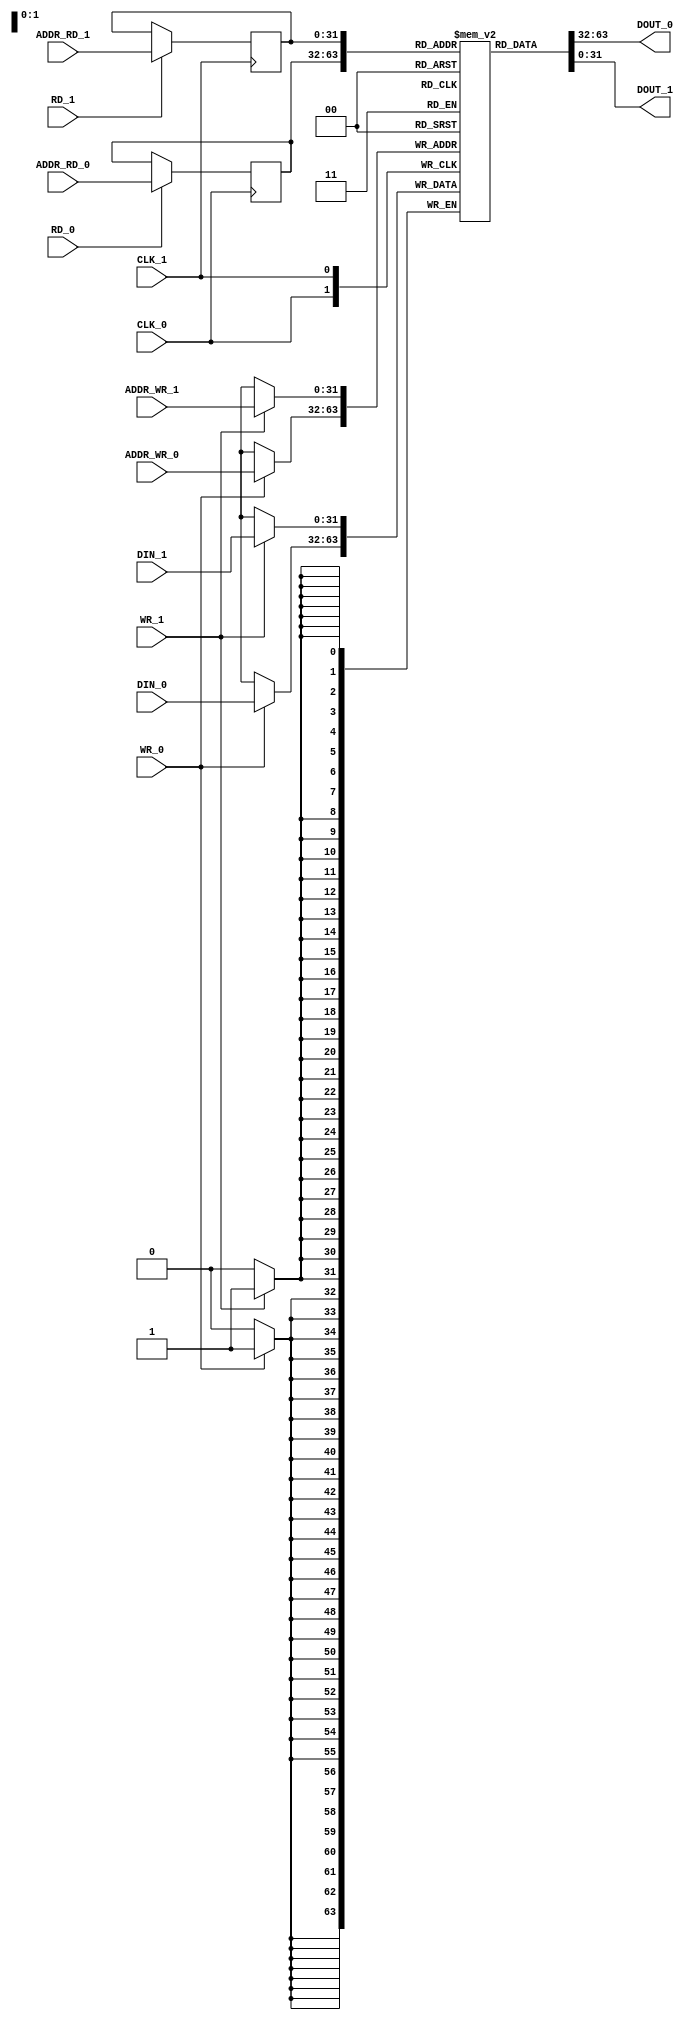
module bram_mem_true_dual
#(
   parameter   ADDR_WIDTH   =  32,
   parameter   DATA_WIDTH   =  32
)
(
   input                         CLK_0,
   input                         WR_0,
   input    [ADDR_WIDTH-1:0]     ADDR_WR_0,
   input    [DATA_WIDTH-1:0]     DIN_0,
   input                         RD_0,
   input    [ADDR_WIDTH-1:0]     ADDR_RD_0,
   output   [DATA_WIDTH-1:0]     DOUT_0,

   input                         CLK_1,
   input                         WR_1,
   input    [ADDR_WIDTH-1:0]     ADDR_WR_1,
   input    [DATA_WIDTH-1:0]     DIN_1,
   input                         RD_1,
   input    [ADDR_WIDTH-1:0]     ADDR_RD_1,
   output   [DATA_WIDTH-1:0]     DOUT_1
);

`ifdef XIL_BRAM

wire  [ADDR_WIDTH-1:0]  addra = (WR_0) ? ADDR_WR_0 : ADDR_RD_0;
wire  [ADDR_WIDTH-1:0]  addrb = (WR_1) ? ADDR_WR_1 : ADDR_RD_1;

generate
   if (ADDR_WIDTH == 4) begin
      if (DATA_WIDTH == 16) begin : true_dual16x16
         true_dual16x16 true_dual16x16 (
            .clka    (  CLK_0          ),
            .ena     (  RD_0  |  WR_0  ),
            .wea     (  WR_0           ),
            .addra   (  addra          ),
            .dina    (  DIN_0          ),
            .douta   (  DOUT_0         ),
            .clkb    (  CLK_1          ),
            .enb     (  RD_1  |  WR_1  ),
            .web     (  WR_1           ),
            .addrb   (  addrb          ),
            .dinb    (  DIN_1          ),
            .doutb   (  DOUT_1         )
         );
      end
      else if (DATA_WIDTH == 32) begin : true_dual16x32
         true_dual16x32 true_dual16x32 (
            .clka    (  CLK_0          ),
            .ena     (  RD_0  |  WR_0  ),
            .wea     (  WR_0           ),
            .addra   (  addra          ),
            .dina    (  DIN_0          ),
            .douta   (  DOUT_0         ),
            .clkb    (  CLK_1          ),
            .enb     (  RD_1  |  WR_1  ),
            .web     (  WR_1           ),
            .addrb   (  addrb          ),
            .dinb    (  DIN_1          ),
            .doutb   (  DOUT_1         )
         );
      end
      else if (DATA_WIDTH == 48) begin : true_dual16x48
         true_dual16x48 true_dual16x48 (
            .clka    (  CLK_0          ),
            .ena     (  RD_0  |  WR_0  ),
            .wea     (  WR_0           ),
            .addra   (  addra          ),
            .dina    (  DIN_0          ),
            .douta   (  DOUT_0         ),
            .clkb    (  CLK_1          ),
            .enb     (  RD_1  |  WR_1  ),
            .web     (  WR_1           ),
            .addrb   (  addrb          ),
            .dinb    (  RD_1           ),
            .doutb   (  DOUT_1         )
         );
      end
   end
   else if (ADDR_WIDTH == 5) begin
      if (DATA_WIDTH == 16) begin : true_dual32x16
         true_dual32x16 true_dual32x16 (
            .clka    (  CLK_0          ),
            .ena     (  RD_0  |  WR_0  ),
            .wea     (  WR_0           ),
            .addra   (  addra          ),
            .dina    (  DIN_0          ),
            .douta   (  DOUT_0         ),
            .clkb    (  CLK_1          ),
            .enb     (  RD_1  |  WR_1  ),
            .web     (  WR_1           ),
            .addrb   (  addrb          ),
            .dinb    (  DIN_1          ),
            .doutb   (  DOUT_1         )
         );
      end
      else if (DATA_WIDTH == 32) begin : true_dual32x32
         true_dual32x32 true_dual32x32 (
            .clka    (  CLK_0          ),
            .ena     (  RD_0  |  WR_0  ),
            .wea     (  WR_0           ),
            .addra   (  addra          ),
            .dina    (  DIN_0          ),
            .douta   (  DOUT_0         ),
            .clkb    (  CLK_1          ),
            .enb     (  RD_1  |  WR_1  ),
            .web     (  WR_1           ),
            .addrb   (  addrb          ),
            .dinb    (  DIN_1          ),
            .doutb   (  DOUT_1         )
         );
      end
      else if (DATA_WIDTH == 48) begin : true_dual32x48
         true_dual32x48 true_dual32x48 (
            .clka    (  CLK_0    ),
            .ena     (  RD_0  |  WR_0  ),
            .wea     (  WR_0           ),
            .addra   (  addra          ),
            .dina    (  DIN_0          ),
            .douta   (  DOUT_0         ),
            .clkb    (  CLK_1          ),
            .enb     (  RD_1  |  WR_1  ),
            .web     (  WR_1           ),
            .addrb   (  addrb          ),
            .dinb    (  DIN_1          ),
            .doutb   (  DOUT_1         )
         );
      end
   end
endgenerate

`else

(* RAM_STYLE = "BLOCK" *)
reg   [DATA_WIDTH-1:0]  mem[(2**ADDR_WIDTH)-1:0];
reg   [ADDR_WIDTH-1:0]  rd_addr_0, rd_addr_1;

always @(posedge CLK_0) begin
   if (WR_0)  mem[ADDR_WR_0]   <= DIN_0;
end

always @(posedge CLK_1) begin
   if (WR_1)  mem[ADDR_WR_1]   <= DIN_1;
end

always @(posedge CLK_0) begin
   if (RD_0)  rd_addr_0 <= ADDR_RD_0;
end

always @(posedge CLK_1) begin
   if (RD_1)  rd_addr_1 <= ADDR_RD_1;
end

assign   DOUT_0  =  mem[rd_addr_0];
assign   DOUT_1  =  mem[rd_addr_1];

`endif

endmodule